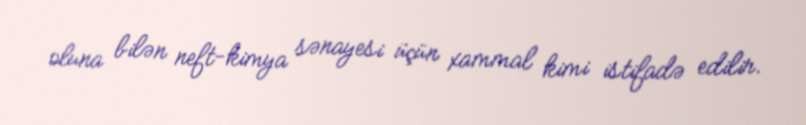
oluna bilən neft-kimya sənayesi üçün xammal kimi istifadə edilir.